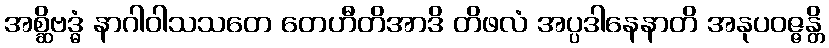
အစ္ဆိဗဒ္ဓံ နာဂါဝါသသတေ တေဟီတိအာဒိ တိဖလံ အပ္ပဒါနေနာတိ အနုပဝဇ္ဇန္တိ